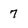
Character: 7